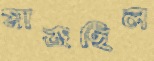
মাজছিল